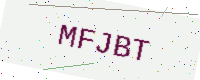
Text: MFJBT